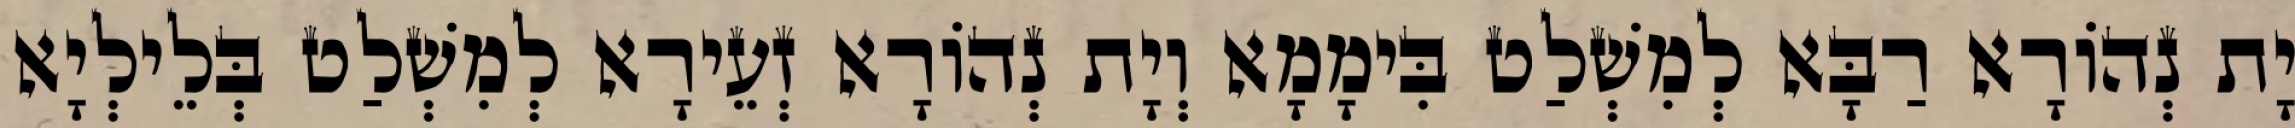
יָת נְהוֹרָא רַבָּא לְמִשְׁלַט בִּימָמָא וְיָת נְהוֹרָא זְעֵירָא לְמִשְׁלַט בְּלֵילְיָא